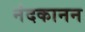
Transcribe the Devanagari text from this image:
नंदकानन